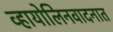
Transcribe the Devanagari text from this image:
व्हायोलिनवादनात